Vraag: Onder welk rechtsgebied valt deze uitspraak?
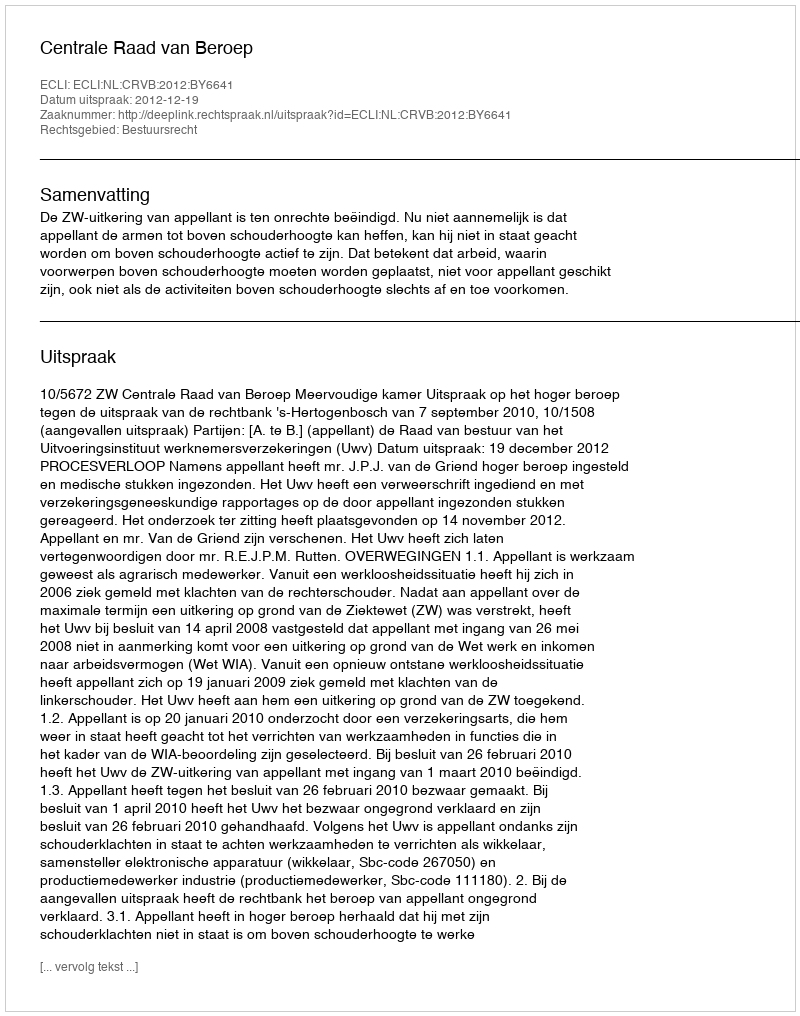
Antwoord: Bestuursrecht